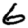
Digit: 6